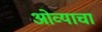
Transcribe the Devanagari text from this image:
ओव्याचा